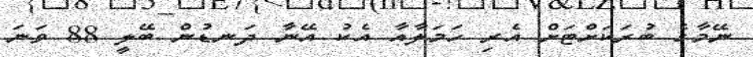
ނޭމާގެ ބުރަކަށްޓަށް އެރި ހަމަލާއާ އެކު އޭނާ ދަނޑުން ބޭލީ 88 ވަނަ